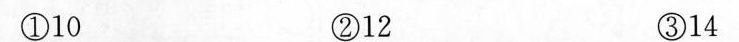
①10 ②12 ③14